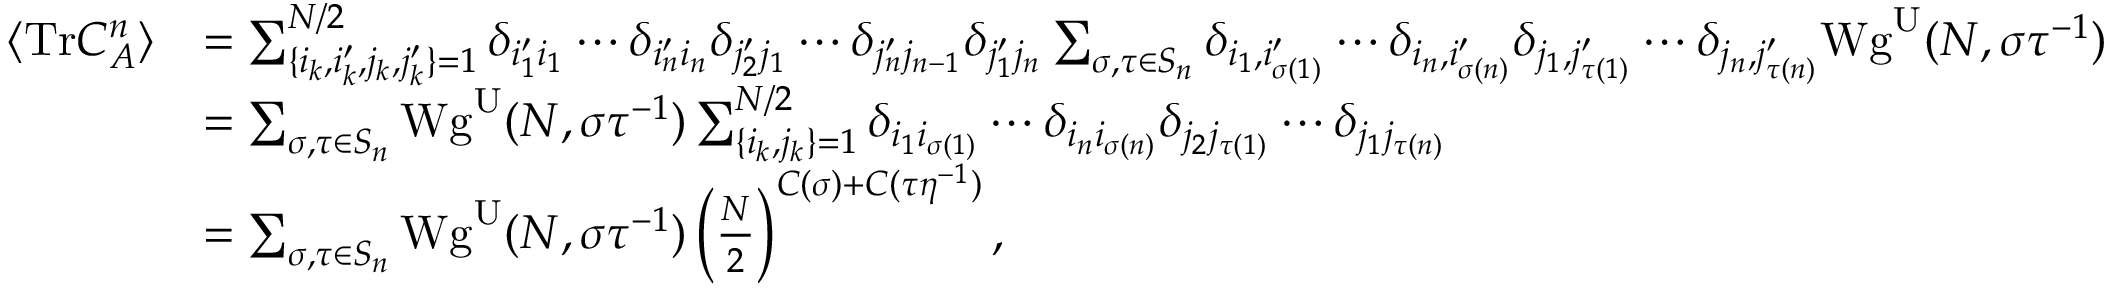
\begin{array} { r l } { \langle \mathrm { T r } C _ { A } ^ { n } \rangle } & { = \sum _ { \{ i _ { k } , i _ { k } ^ { \prime } , j _ { k } , j _ { k } ^ { \prime } \} = 1 } ^ { N / 2 } \delta _ { i _ { 1 } ^ { \prime } i _ { 1 } } \cdots \delta _ { i _ { n } ^ { \prime } i _ { n } } \delta _ { j _ { 2 } ^ { \prime } j _ { 1 } } \cdots \delta _ { j _ { n } ^ { \prime } j _ { n - 1 } } \delta _ { j _ { 1 } ^ { \prime } j _ { n } } \sum _ { \sigma , \tau \in S _ { n } } \delta _ { i _ { 1 } , i _ { \sigma ( 1 ) } ^ { \prime } } \cdots \delta _ { i _ { n } , i _ { \sigma ( n ) } ^ { \prime } } \delta _ { j _ { 1 } , j _ { \tau ( 1 ) } ^ { \prime } } \cdots \delta _ { j _ { n } , j _ { \tau ( n ) } ^ { \prime } } \mathrm { W g } ^ { \mathrm { U } } ( N , \sigma \tau ^ { - 1 } ) } \\ & { = \sum _ { \sigma , \tau \in S _ { n } } \mathrm { W g } ^ { \mathrm { U } } ( N , \sigma \tau ^ { - 1 } ) \sum _ { \lbrace i _ { k } , j _ { k } \rbrace = 1 } ^ { N / 2 } \delta _ { i _ { 1 } i _ { \sigma ( 1 ) } } \cdots \delta _ { i _ { n } i _ { \sigma ( n ) } } \delta _ { j _ { 2 } j _ { \tau ( 1 ) } } \cdots \delta _ { j _ { 1 } j _ { \tau ( n ) } } } \\ & { = \sum _ { \sigma , \tau \in S _ { n } } \mathrm { W g } ^ { \mathrm { U } } ( N , \sigma \tau ^ { - 1 } ) \left( \frac { N } { 2 } \right) ^ { C ( \sigma ) + C ( \tau \eta ^ { - 1 } ) } , } \end{array}